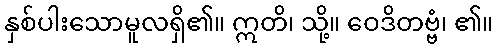
နှစ်ပါးသောမူလရှိ၏။ ဣတိ၊ သို့။ ဝေဒိတဗ္ဗံ၊ ၏။